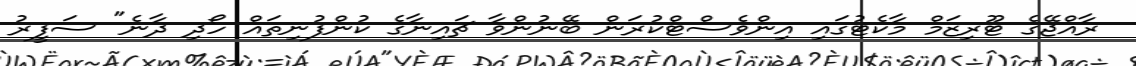
ރާއްޖޭގެ ޓޫރިޒަމް މާކެޓުގައި އިންވެސްޓްކުރަން ބޭނުންވާ ޗައިނާގެ ކުންފުނިތައް ހޯދި ދާނެ" ސަފީރު